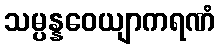
သမ္ပန္နဝေယျာကရဏံ